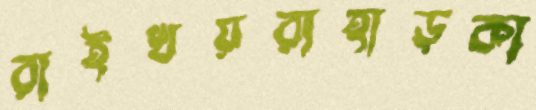
রাইখয়রাহাড়কা